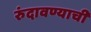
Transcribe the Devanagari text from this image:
रुंदावण्याची